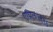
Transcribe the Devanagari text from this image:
एप्रिल१९९६